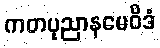
ကတပုညာနမေဝိဒံ